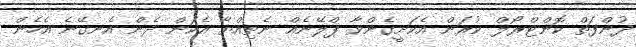
ދުންފަތް ކޮންޓްރޯލް ކުރަން އެކަށީގެންވާ ޕްލޭނެއް ނެތިއްޔާ އެކަން ދެން އެނގޭނެ އެހެން